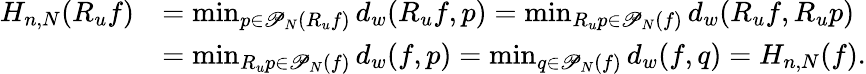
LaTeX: \begin{array}{rl}{H_{n,N}(R_{u}f)}&{=\operatorname*{min}_{p\in\mathscr{P}_{N}(R_{u}f)}d_{w}(R_{u}f,p)=\operatorname*{min}_{R_{u}p\in\mathscr{P}_{N}(f)}d_{w}(R_{u}f,R_{u}p)}\\ &{=\operatorname*{min}_{R_{u}p\in\mathscr{P}_{N}(f)}d_{w}(f,p)=\operatorname*{min}_{q\in\mathscr{P}_{N}(f)}d_{w}(f,q)=H_{n,N}(f).}\end{array}